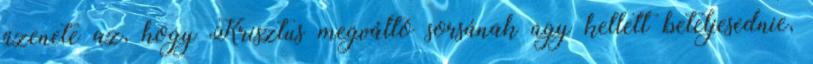
üzenete az, hogy Krisztus megváltó sorsának úgy kellett beteljesednie,